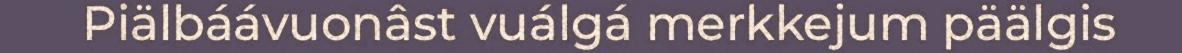
Piälbáávuonâst vuálgá merkkejum päälgis